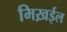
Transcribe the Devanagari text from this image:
मिख़ईल